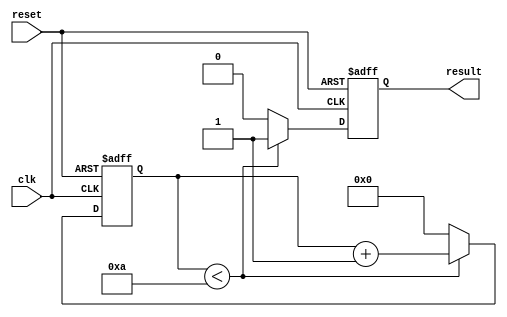
module while_loop (
    input wire clk,
    input wire reset,
    output reg result
);

reg [7:0] counter;

always @(posedge clk or posedge reset) begin
    if (reset) begin
        counter <= 0;
        result <= 0;
    end else begin
        if (counter < 10) begin
            counter <= counter + 1;
            result <= 1;
        end else begin
            counter <= 0;
            result <= 0;
        end
    end
end

endmodule